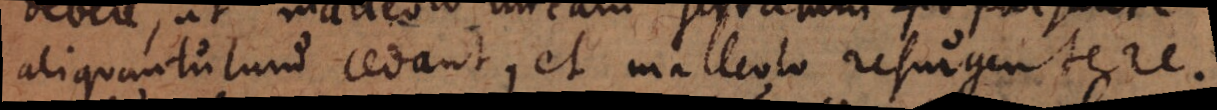
aliquantulum cedant, et malleolo resurgente re-